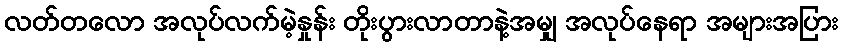
လတ်တလော အလုပ်လက်မဲ့နှုန်း တိုးပွားလာတာနဲ့အမျှ အလုပ်နေရာ အများအပြား